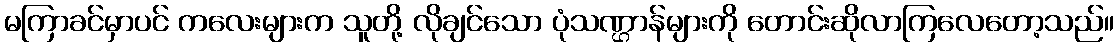
မကြာခင်မှာပင် ကလေးများက သူတို့ လိုချင်သော ပုံသဏ္ဌာန်များကို တောင်းဆိုလာကြလေတော့သည်။